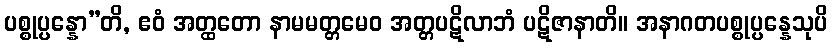
ပစ္စုပ္ပန္နော”တိ, ဧဝံ အတ္ထတော နာမမတ္တမေဝ အတ္တပဋိလာဘံ ပဋိဇာနာတိ။ အနာဂတပစ္စုပ္ပန္နေသုပိ